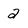
Character: 2